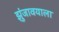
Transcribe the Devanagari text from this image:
झुंजावयाला